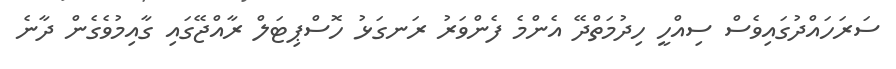
ސަރަހައްދުގައިވެސް ސިއްހީ ހިދުމަތްދޭ އެންމެ ފެންވަރު ރަނގަޅު ހޮސްޕިޓަލް ރާއްޖޭގައި ގާއިމުވެގެން ދާނެ